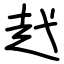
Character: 䞖